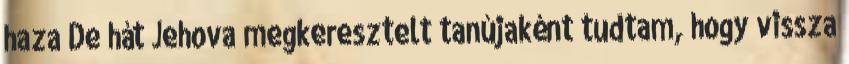
haza De hát Jehova megkeresztelt tanújaként tudtam, hogy vissza